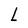
Character: L